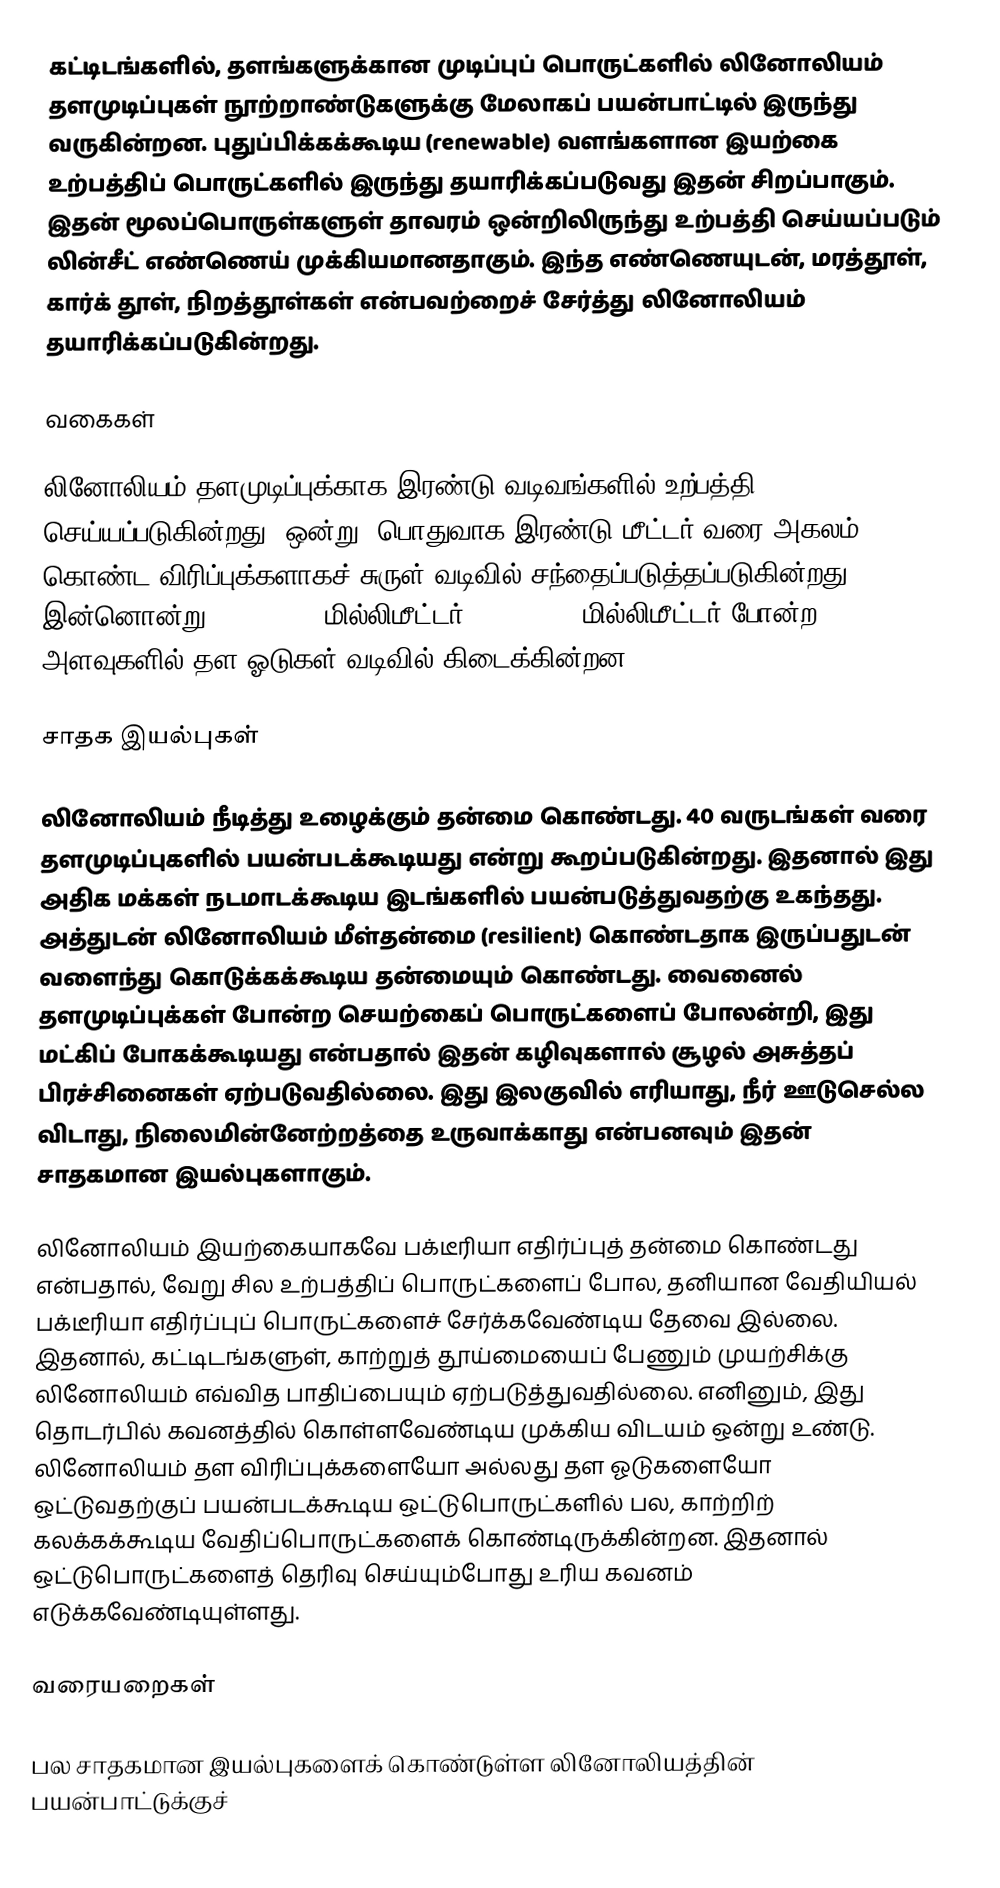
கட்டிடங்களில், தளங்களுக்கான முடிப்புப் பொருட்களில் லினோலியம் தளமுடிப்புகள் நூற்றாண்டுகளுக்கு மேலாகப் பயன்பாட்டில் இருந்து வருகின்றன. புதுப்பிக்கக்கூடிய (renewable) வளங்களான இயற்கை உற்பத்திப் பொருட்களில் இருந்து தயாரிக்கப்படுவது இதன் சிறப்பாகும். இதன் மூலப்பொருள்களுள் தாவரம் ஒன்றிலிருந்து உற்பத்தி செய்யப்படும் லின்சீட் எண்ணெய் முக்கியமானதாகும். இந்த எண்ணெயுடன், மரத்தூள், கார்க் தூள், நிறத்தூள்கள் என்பவற்றைச் சேர்த்து லினோலியம் தயாரிக்கப்படுகின்றது.

வகைகள்

லினோலியம் தளமுடிப்புக்காக இரண்டு வடிவங்களில் உற்பத்தி செய்யப்படுகின்றது. ஒன்று, பொதுவாக இரண்டு மீட்டர் வரை அகலம் கொண்ட விரிப்புக்களாகச் சுருள் வடிவில் சந்தைப்படுத்தப்படுகின்றது. இன்னொன்று, 500 x 500 மில்லிமீட்டர், 600 x 600 மில்லிமீட்டர் போன்ற அளவுகளில் தள ஓடுகள் வடிவில் கிடைக்கின்றன.

சாதக இயல்புகள்

லினோலியம் நீடித்து உழைக்கும் தன்மை கொண்டது. 40 வருடங்கள் வரை தளமுடிப்புகளில் பயன்படக்கூடியது என்று கூறப்படுகின்றது. இதனால் இது அதிக மக்கள் நடமாடக்கூடிய இடங்களில் பயன்படுத்துவதற்கு உகந்தது. அத்துடன் லினோலியம் மீள்தன்மை (resilient) கொண்டதாக இருப்பதுடன் வளைந்து கொடுக்கக்கூடிய தன்மையும் கொண்டது. வைனைல் தளமுடிப்புக்கள் போன்ற செயற்கைப் பொருட்களைப் போலன்றி, இது மட்கிப் போகக்கூடியது என்பதால் இதன் கழிவுகளால் சூழல் அசுத்தப் பிரச்சினைகள் ஏற்படுவதில்லை. இது இலகுவில் எரியாது, நீர் ஊடுசெல்ல விடாது, நிலைமின்னேற்றத்தை உருவாக்காது என்பனவும் இதன் சாதகமான இயல்புகளாகும்.

லினோலியம் இயற்கையாகவே பக்டீரியா எதிர்ப்புத் தன்மை கொண்டது என்பதால், வேறு சில உற்பத்திப் பொருட்களைப் போல, தனியான வேதியியல் பக்டீரியா எதிர்ப்புப் பொருட்களைச் சேர்க்கவேண்டிய தேவை இல்லை. இதனால், கட்டிடங்களுள், காற்றுத் தூய்மையைப் பேணும் முயற்சிக்கு லினோலியம் எவ்வித பாதிப்பையும் ஏற்படுத்துவதில்லை. எனினும், இது தொடர்பில் கவனத்தில் கொள்ளவேண்டிய முக்கிய விடயம் ஒன்று உண்டு. லினோலியம் தள விரிப்புக்களையோ அல்லது தள ஓடுகளையோ ஒட்டுவதற்குப் பயன்படக்கூடிய ஒட்டுபொருட்களில் பல, காற்றிற் கலக்கக்கூடிய வேதிப்பொருட்களைக் கொண்டிருக்கின்றன. இதனால் ஒட்டுபொருட்களைத் தெரிவு செய்யும்போது உரிய கவனம் எடுக்கவேண்டியுள்ளது.

வரையறைகள்

பல சாதகமான இயல்புகளைக் கொண்டுள்ள லினோலியத்தின் பயன்பாட்டுக்குச்